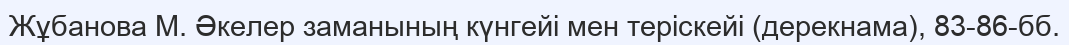
Жұбанова М. Әкелер заманының күнгейі мен теріскейі (дерекнама), 83-86-бб.